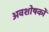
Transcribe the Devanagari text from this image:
अवशोषकों